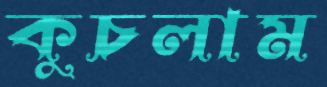
কুচলাম